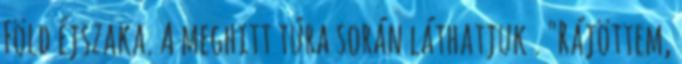
Föld éjszaka. A meghitt túra során láthatjuk . "Rájöttem,